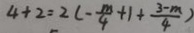
4 + 2 = 2 ( - \frac { m } { 4 } + 1 + \frac { 3 - m } { 4 } )